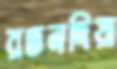
রতনদিয়া